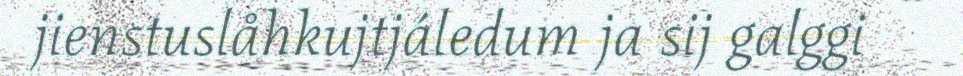
jienstuslåhkujtjáledum ja sij galggi